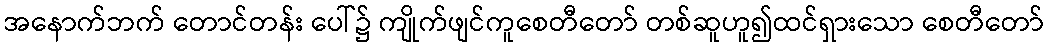
အနောက်ဘက် တောင်တန်း ပေါ်၌ ကျိုက်ဖျင်ကူစေတီတော် တစ်ဆူဟူ၍ထင်ရှားသော စေတီတော်